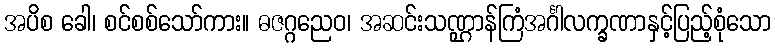
အပိစ ခေါ၊ စင်စစ်သော်ကား။ ဓဇဂ္ဂညေဝ၊ အဆင်းသဏ္ဌာန်ကြံအင်္ဂါလက္ခဏာနှင့်ပြည့်စုံသော